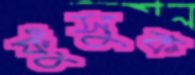
ফুঁসুক